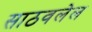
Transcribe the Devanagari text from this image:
साठवलेल